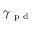
\gamma _ { \mathrm { ~ p ~ d ~ } }